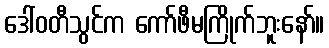
ဒေါ်ဝတီသွင်က ကော်ဖီမကြိုက်ဘူးနော်။